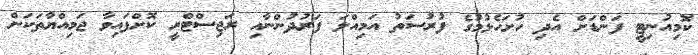
ކޮމިއުނިޓީ ފަންޑަށް އެދި ހުށަހެޅުމުގެ ފުރުސަތު އަމިއްލަ ފަރުދުންނާއި ރަޖިސްޓްރީ ކޮށްފައިވާ ޖަމިއްޔާތަކަށް